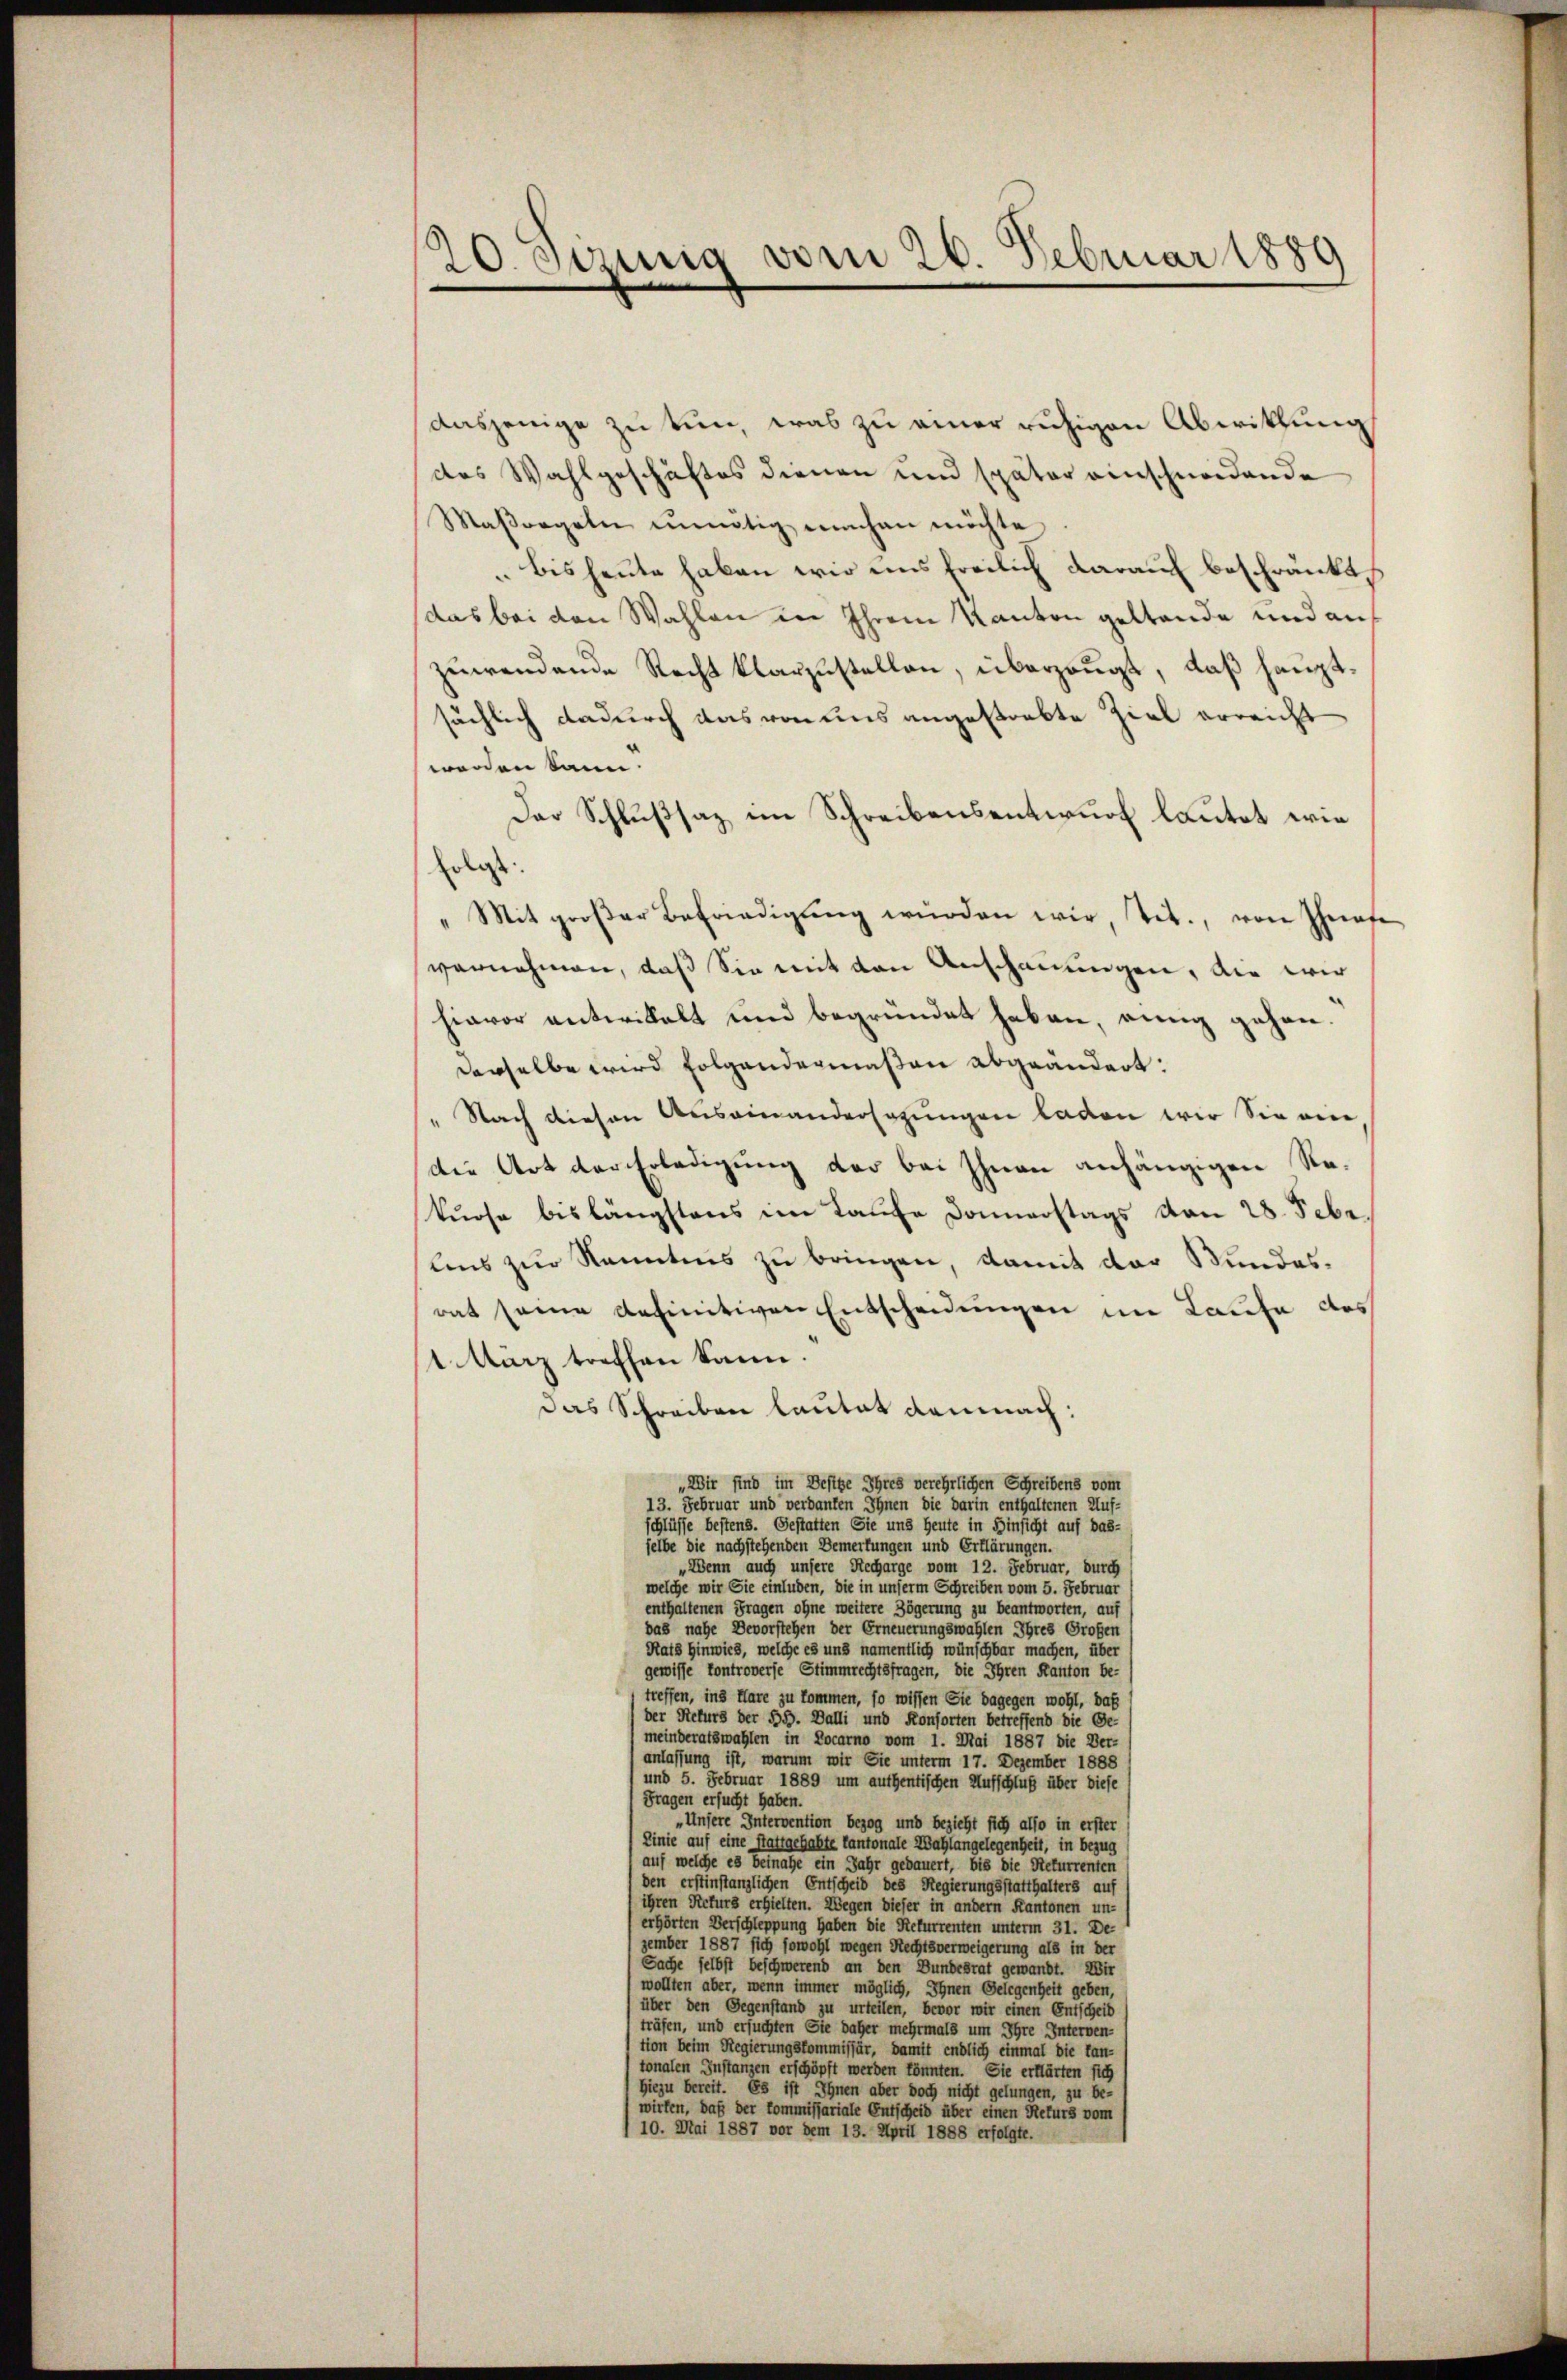
20. Seinig vom 26. Februar 1889

dasjenige zu tun, was zu einer ruhigen Abwicklung
des Wahlgeschäftes dienen und später einschneidende
Maβorgeln unnötig einhan möchte
bis heute haben wir uns freilich darauf beschränkt
das bei den Wahlen in Ihrem Kanton geltende und auf
zuwendende Recht klarzustellen, überzeugt, daß hauptsächlich dadurch das von uns angestrebte Ziel erreicht
werden kann.
Der Schlußsaz im Schreibensentwurf lautet wie
Erlass
Mit groβer Befriedigŭng würden wir, tit., von Theate
vernehmen, daß Sie mit den Anschauungen, die wir
hievor antwickelt und begründet haben, einnig gehen.
derselbe wird folgendermaßen abgeändert:
Nach diesen Auseinandersagungen laden wir Sie eine
Die Art durchladigung der bei Ihnen anhängigen Re-
kurse bislängstens im Laŭfe Donnerstags von 28. Febr.
lns zur Kenntnis zu bringen, damit der Bundes-
rat seine definitiven Entscheidungen im Laufe des
1 März treffen kann.
Das Schreiben lautet demnach:
„Wir sind im Beste Ihres verehrlichen Schreibens vom
13. Februar und verdanken Ihnen die darin enthaltenen Auf-
schlüsse bestens. Gestatten Sie und Heute in Hinsicht auf das-
selbe die nachstehenden Bemerkungen und Erklärungen.
„Wenn auch unsere Recharge vom 12. Februar, durch
welche wir Sie einluden, die in unserm Schreiben vom 5. Februar
enthaltenen Fragen ohne weitere Zögerung zu beantworten, auf
das nahe Devorstehen der Erneuerungswahlen Ihres Großen
Rats Hinwies, welche es und namentlich wünschbar machen, über
gewisse kontroverse Stimmrechtsfragen, die Ihren Kanton betreffen, ins Hare zu kommen, so wissen Sie dagegen wohl, daß
der Rekurs der S. Balli und Konsorten betreffend die Gemeinderatswahlen in Locarno vom 1. Mai 1887 die Ver-
anlassung ist, warum wir Sie unterm 17. Dezember 1888
und 5. Februar 1889 um authentischen Aufschluß über diese
Fragen ersucht haben.
„Unsere Intervention bezog und bezieht sich also in erster
Linie auf eine Stattgehalte kantonale Wahlangelegenheit, in bezug
auf welche es beinahe ein Jahr gedauert, bis die Rekurrenten
den erstinstanzlichen Entscheid des Regierungsstatthalters auf
ihren Rekurs erhielten. Wegen dieser in andern Kantonen un-
erhörten Verschleppung haben die Rekurrenten unterm 31. De-
zember 1887 sich sowohl wegen Rechtsverweigerung als in der
Sache selbst beschwerend an den Bundesrat gewandt. Wir
wollten aber, wenn immer möglich, Ihnen Gelegenheit geben
über den Gegenstand zu urteilen, bevor wir einen Entscheit
träfen, und ersuchten Sie daher mehrmals um Ihre Interven-
tion beim Regierungskommissär, damit endlich einmal die Lan-
tonalen Instanzen erschöpft werden könnten. Sie erklärten sich
Hiezu bereit. Es ist Ihnen aber doch nicht gelungen, zu be-
wirken, daß der Commissariale Entscheid über einen Rekurs vom 1
/10. Mai 1887 vor dem 13. April 1888 erfolgte.